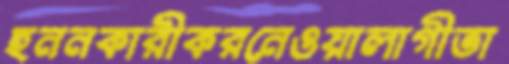
হননকারীকরনেওয়ালাগীতা